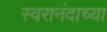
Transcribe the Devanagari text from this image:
स्वरानंदाच्या